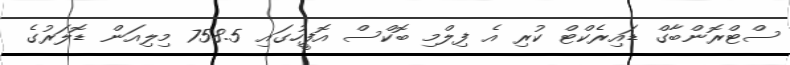
ސްޓްރޮންބާގް ޑައިރެކްޓް ކުރި އެ ފިލްމި ބޮކްސް އޮފީހުގައި 758.5 މިލިއަން ޑޮލަރުގެ